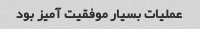
عملیات بسیار موفقیت آمیز بود